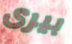
بيرى